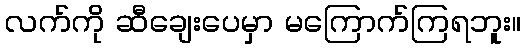
လက်ကို ဆီချေးပေမှာ မကြောက်ကြရဘူး။